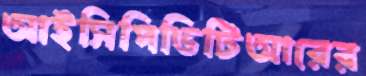
আইসিপিভিটিআরের